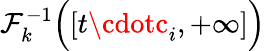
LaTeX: \mathcal{F}_{k}^{-1}{\Bigl(}[t\cdotc_{i},+\infty]{\Bigr)}